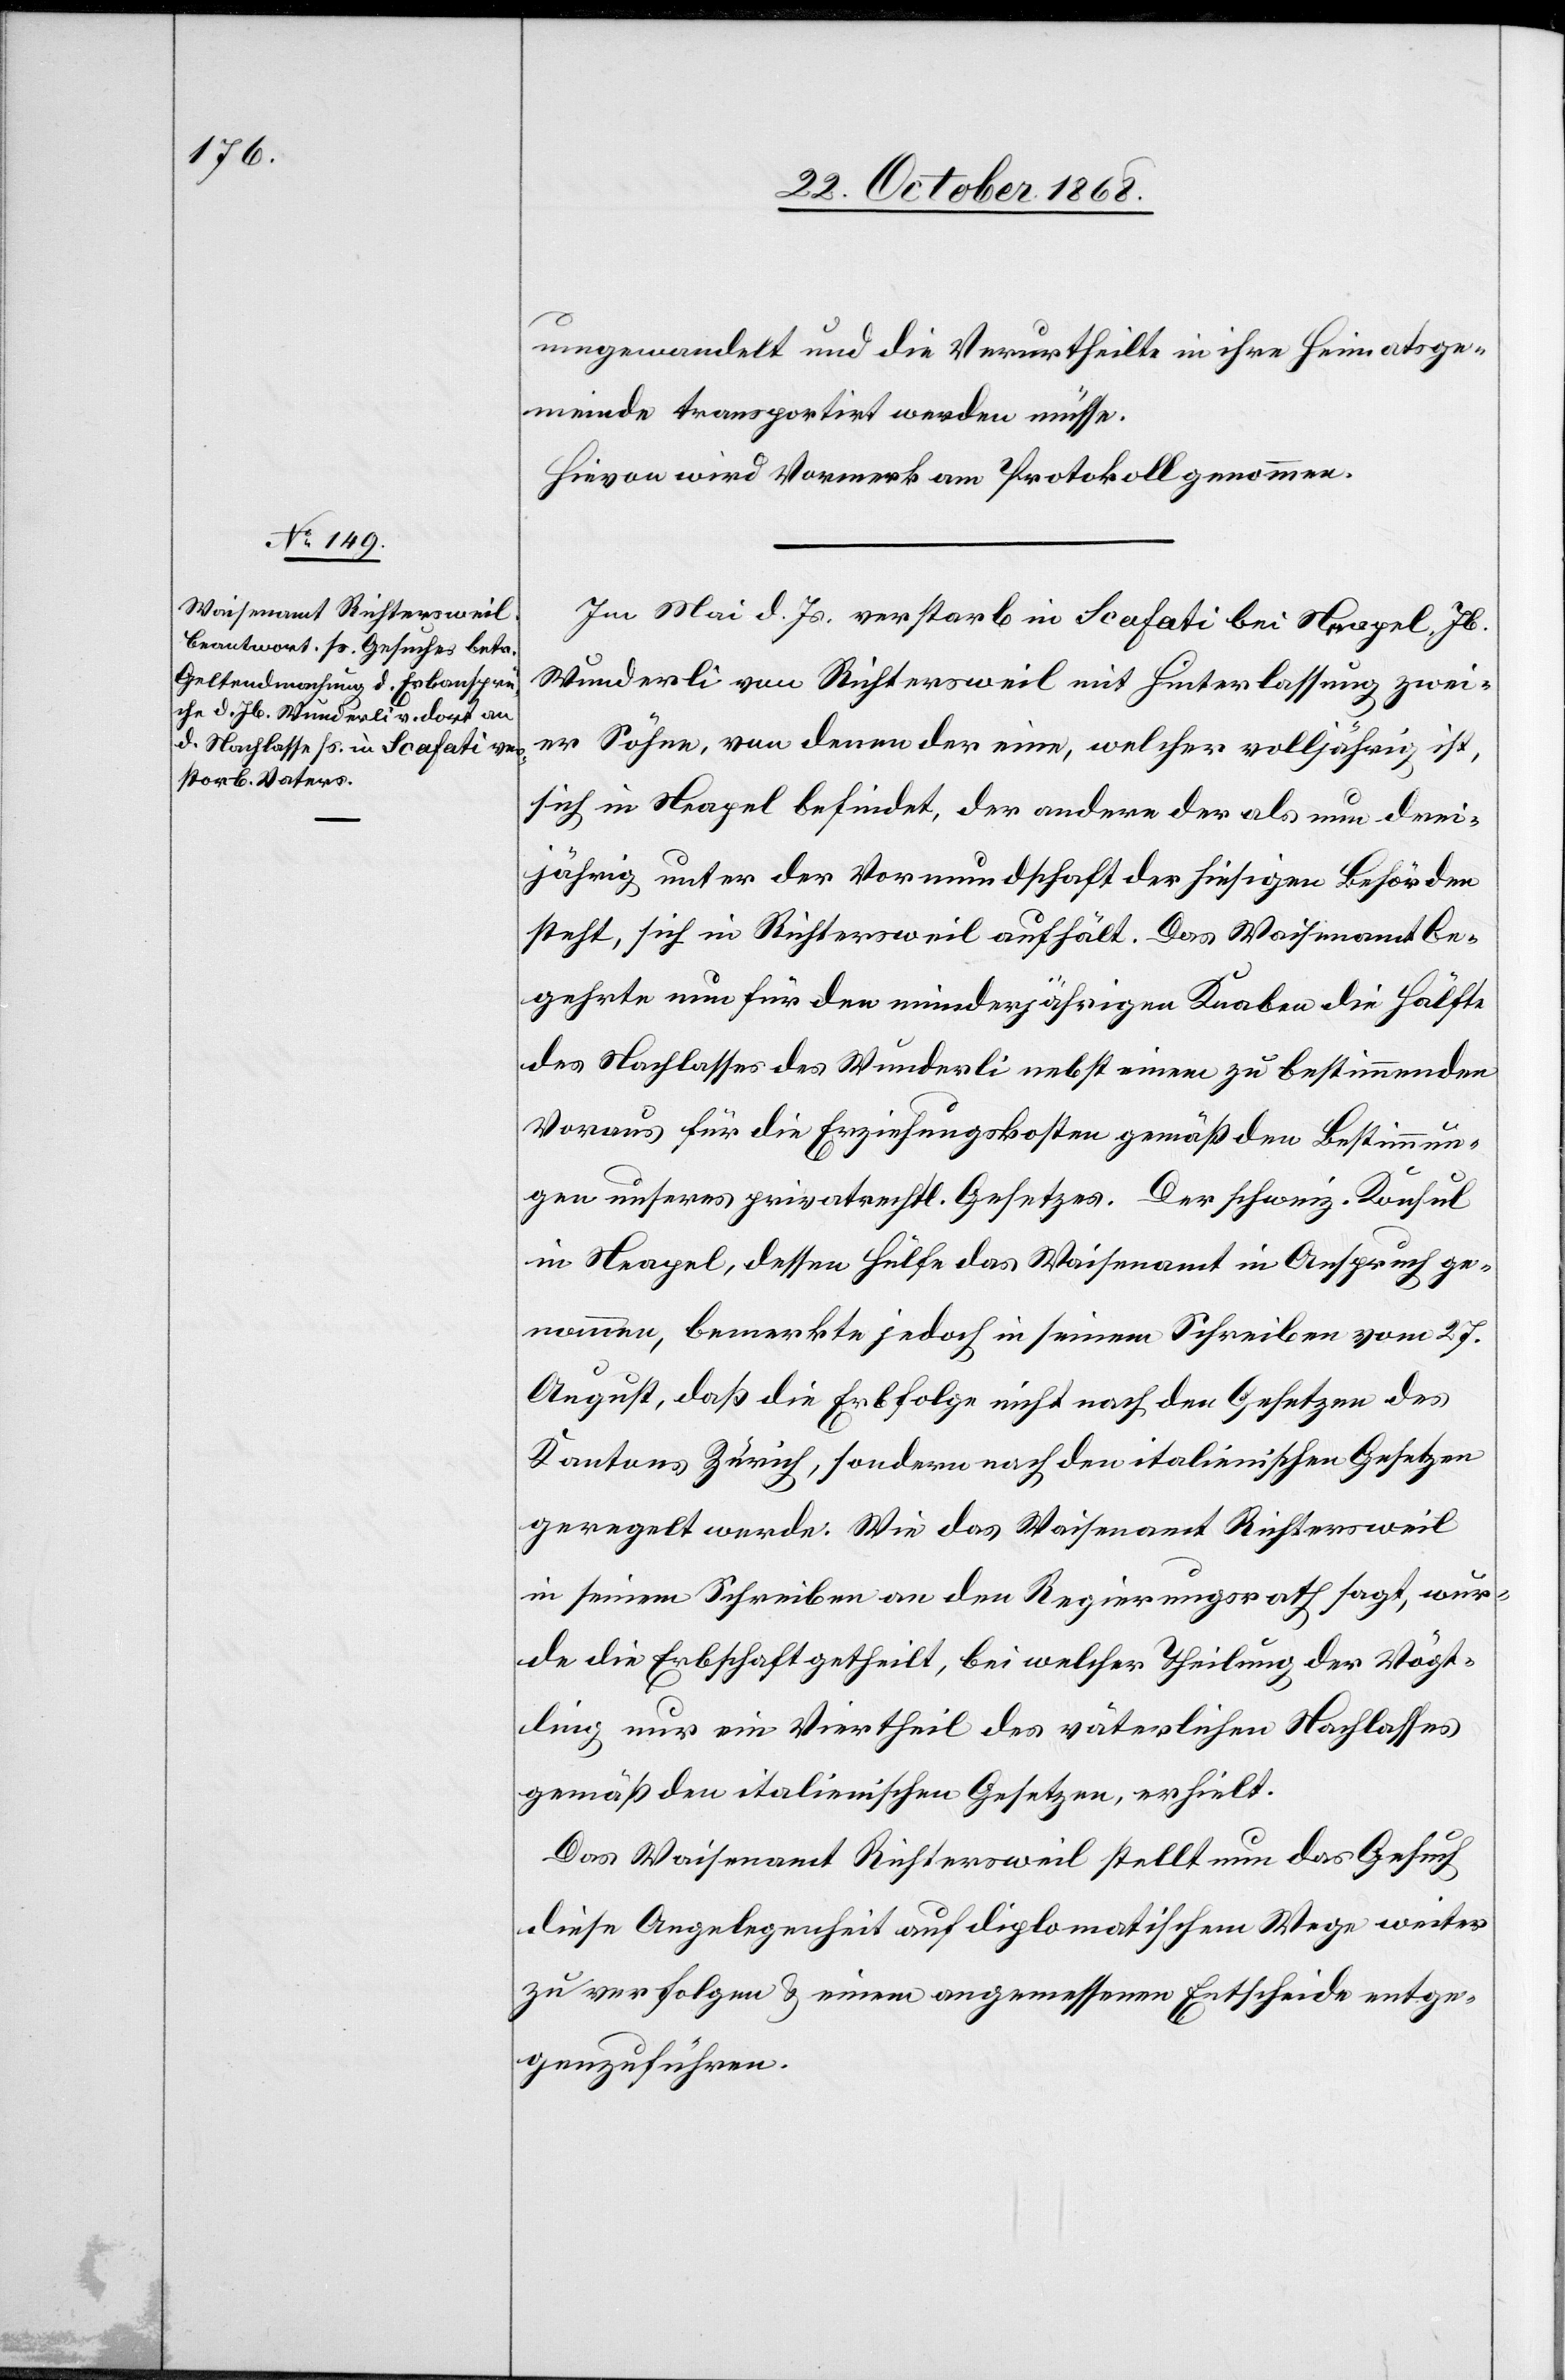
umgewandelt und die Verurtheilte in ihre Heimatsge¬
meinde transportirt werden müsse.
Hievon wird Vormerk am Protokoll genommen.
Im Mai d. Js. verstarb in Scafati bei Neapel, Jb.
Wunderli von Richtersweil mit Hinterlassung zwei¬
er Söhne, von denen der eine, welcher volljährig ist,
sich in Neapel befindet, der andere der als nun drei¬
jährig unter der Vormundschaft der hiesigen Behörden
steht, sich in Richtersweil aufhält. Das Waisenamt be¬
gehrte nun für den minderjährigen Knaben die Hälfte
des Nachlasses des Wunderli nebst einem zu bestimmenden
Voraus für die Erziehungskosten gemäß den Bestimmun¬
gen unseres privatrechtl. Gesetzes. Der schweiz. Konsul
in Neapel, dessen Hülfe das Waisenamt in Anspruch ge¬
nommen, bemerkte jedoch in seinem Schreiben vom 27.
August, daß die Erbfolge nicht nach den Gesetzen des
Kantons Zürich, sondern nach den italienischen Gesetzen
geregelt werde. Wie das Waisenamt Richtersweil
in seinem Schreiben an den Regierungsrath sagt, wur¬
de die Erbschaft getheilt, bei welcher Theilung der Vögt¬
ling nur ein Viertheil des väterlichen Nachlasses
gemäß den italienischen Gesetzen, erhielt.
Das Waisenamt Richtersweil stellt nun das Gesuch
diese Angelegenheit auf diplomatischem Wege weiter
zu verfolgen & einem angemessenen Entscheide entge¬
genzuführen.